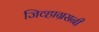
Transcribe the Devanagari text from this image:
जिव्हाग्रसनी